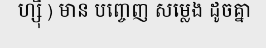
ហ្ស៊ឹ ) មាន បញ្ចេញ សម្លេង ដូចគ្នា